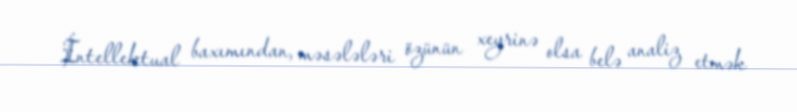
İntellektual baxımından, məsələləri özünün xeyrinə olsa belə analiz etmək